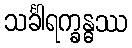
သင်္ခါရက္ခန္ဓဿ